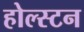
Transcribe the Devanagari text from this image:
होल्स्टन